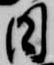
日